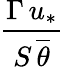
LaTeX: \frac{\Gamma\, u_{*}}{S\, \overline{{\theta}}}